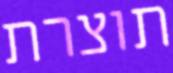
תוצרת